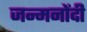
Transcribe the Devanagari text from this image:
जन्मनोंदी